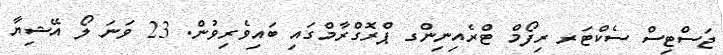
ޖަސްޓިސް ސެކްޓަރ ރިފޯމް ޓްރެއިނިންގ ޕްރޮގްރާމްގައި ބައިވެރިވުން. 23 ވަނަ ލޯ އޭޝިޔާ